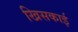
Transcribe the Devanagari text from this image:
खिसकाई